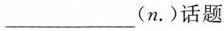
___(n.)话题